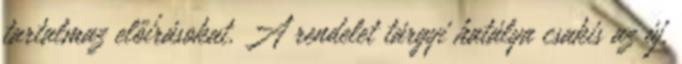
tartalmaz előírásokat. A rendelet tárgyi hatálya csakis az új,